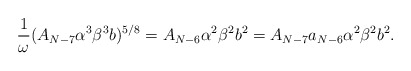
\begin{align*}\frac{1}{\omega} (A_{N-7}\alpha^3 \beta^3 b)^{5/8}=A_{N-6}\alpha^2 \beta^2 b^2 =A_{N-7}a_{N-6}\alpha^2 \beta^2 b^2. \end{align*}